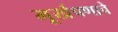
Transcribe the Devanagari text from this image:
मूर्खपणाचे